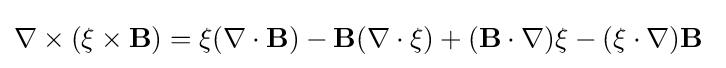
\nabla \times (\mathbf {\xi } \times \mathbf {B} )=\mathbf {\xi } (\nabla \cdot \mathbf {B} )-\mathbf {B} (\nabla \cdot \mathbf {\xi } )+(\mathbf {B} \cdot \nabla )\mathbf {\xi } -(\mathbf {\xi } \cdot \nabla )\mathbf {B} \